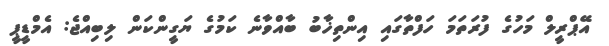
އޭޕްރީލް މަހުގެ ފުރަތަމަ ހަފްތާގައި އިންތިޚާބު ބާއްވާނެ ކަމުގެ ޔަގީންކަން ލިބިއްޖެ: އެމްޑީޕީ